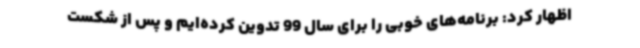
اظهار کرد: برنامه‌های خوبی را برای سال 99 تدوین کرده‌ایم و پس از شکست